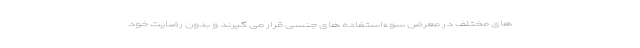
های مختلف در معرض سوءاستفاده های جنسی قرار می گیرند و بدون رضایت خود